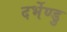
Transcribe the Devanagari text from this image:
दर्भेण्डु